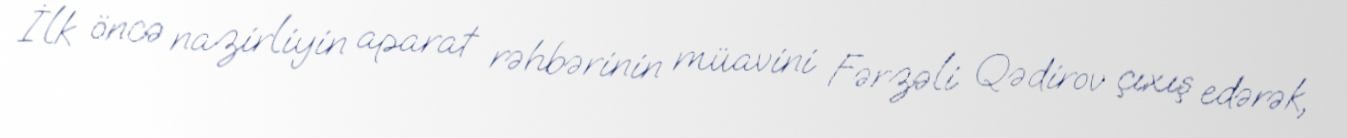
İlk öncə nazirliyin aparat rəhbərinin müavini Fərzəli Qədirov çıxış edərək,